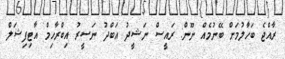
ރާއްޖެ ބަހާލުމަށް ބޭނުމެއް ނޫން: ރައީސް ނަޝީދު އަބްދު ނަސީރު އިބްރާހިމް އާޓިފިޝަލް